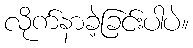
လိုက်နာခဲ့ခြင်းပါပဲ။